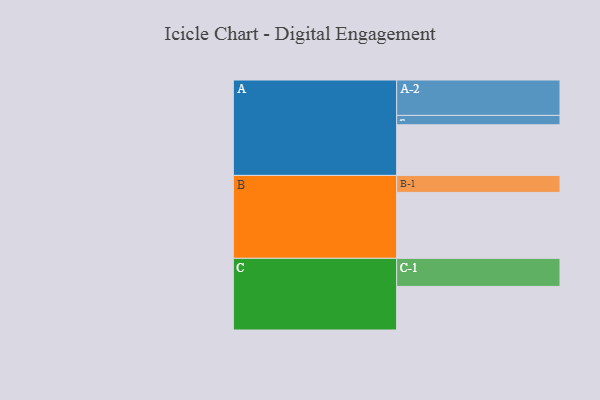
{"axis": {"x": "Segment", "y": "Value"}, "legend": ["", "A", "B", "C"], "data": [{"x": "A", "y": 409, "type": ""}, {"x": "B", "y": 533, "type": ""}, {"x": "C", "y": 352, "type": ""}, {"x": "A-1", "y": 76, "type": "A"}, {"x": "A-2", "y": 286, "type": "A"}, {"x": "B-1", "y": 137, "type": "B"}, {"x": "C-1", "y": 227, "type": "C"}]}